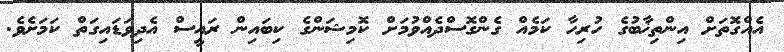
އެއްގޮތަށް އިންތިޚާބުގެ ހުރިހާ ކަމެއް ގެންގޮސްދެއްވުމަށް ކޮމިޝަންގެ ކިބައިން ރައީސް އެދިވަޑައިގަތް ކަމަށެވެ.